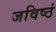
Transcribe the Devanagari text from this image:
जविष्ठं